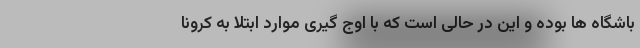
باشگاه ها بوده و این در حالی است که با اوج گیری موارد ابتلا به کرونا